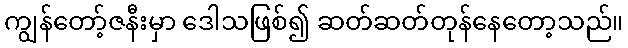
ကျွန်တော့်ဇနီးမှာ ဒေါသဖြစ်၍ ဆတ်ဆတ်တုန်နေတော့သည်။